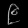
Digit: ၉